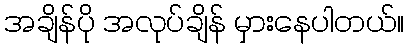
အချိန်ပို အလုပ်ချိန် မှားနေပါတယ်။